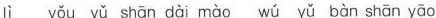
lì yǒu yǔ shān dài mào wú yǔ bàn shān yāo